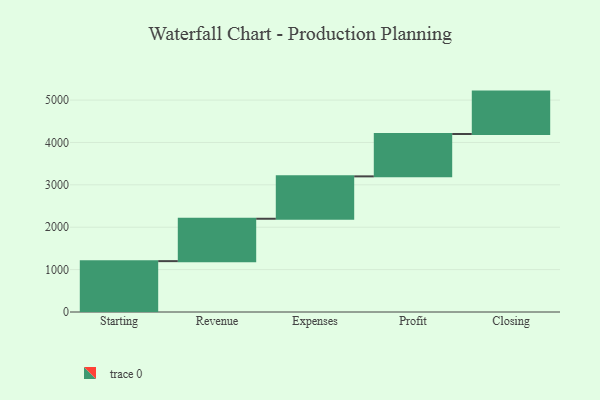
{"axis": {"x": "Step", "y": "Value"}, "legend": [""], "data": [{"x": "Starting", "y": 1200.0, "type": ""}, {"x": "Revenue", "y": 1000, "type": ""}, {"x": "Expenses", "y": 1000, "type": ""}, {"x": "Profit", "y": 1000, "type": ""}, {"x": "Closing", "y": 1000, "type": ""}]}